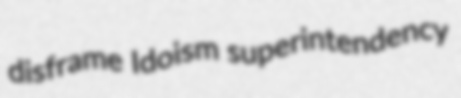
disframe Idoism superintendency